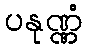
ပနုဏ္ဏံ